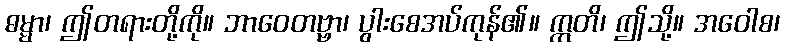
ဓမ္မာ၊ ဤတရားတို့ကို။ ဘာဝေတဗ္ဗာ၊ ပွါးစေအပ်ကုန်၏။ ဣတိ၊ ဤသို့။ အဝေါစ၊